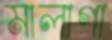
মালাগা